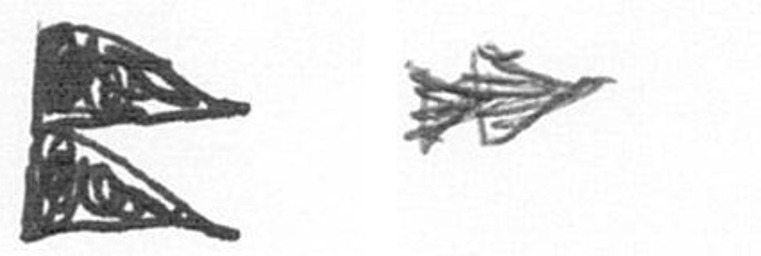
P A